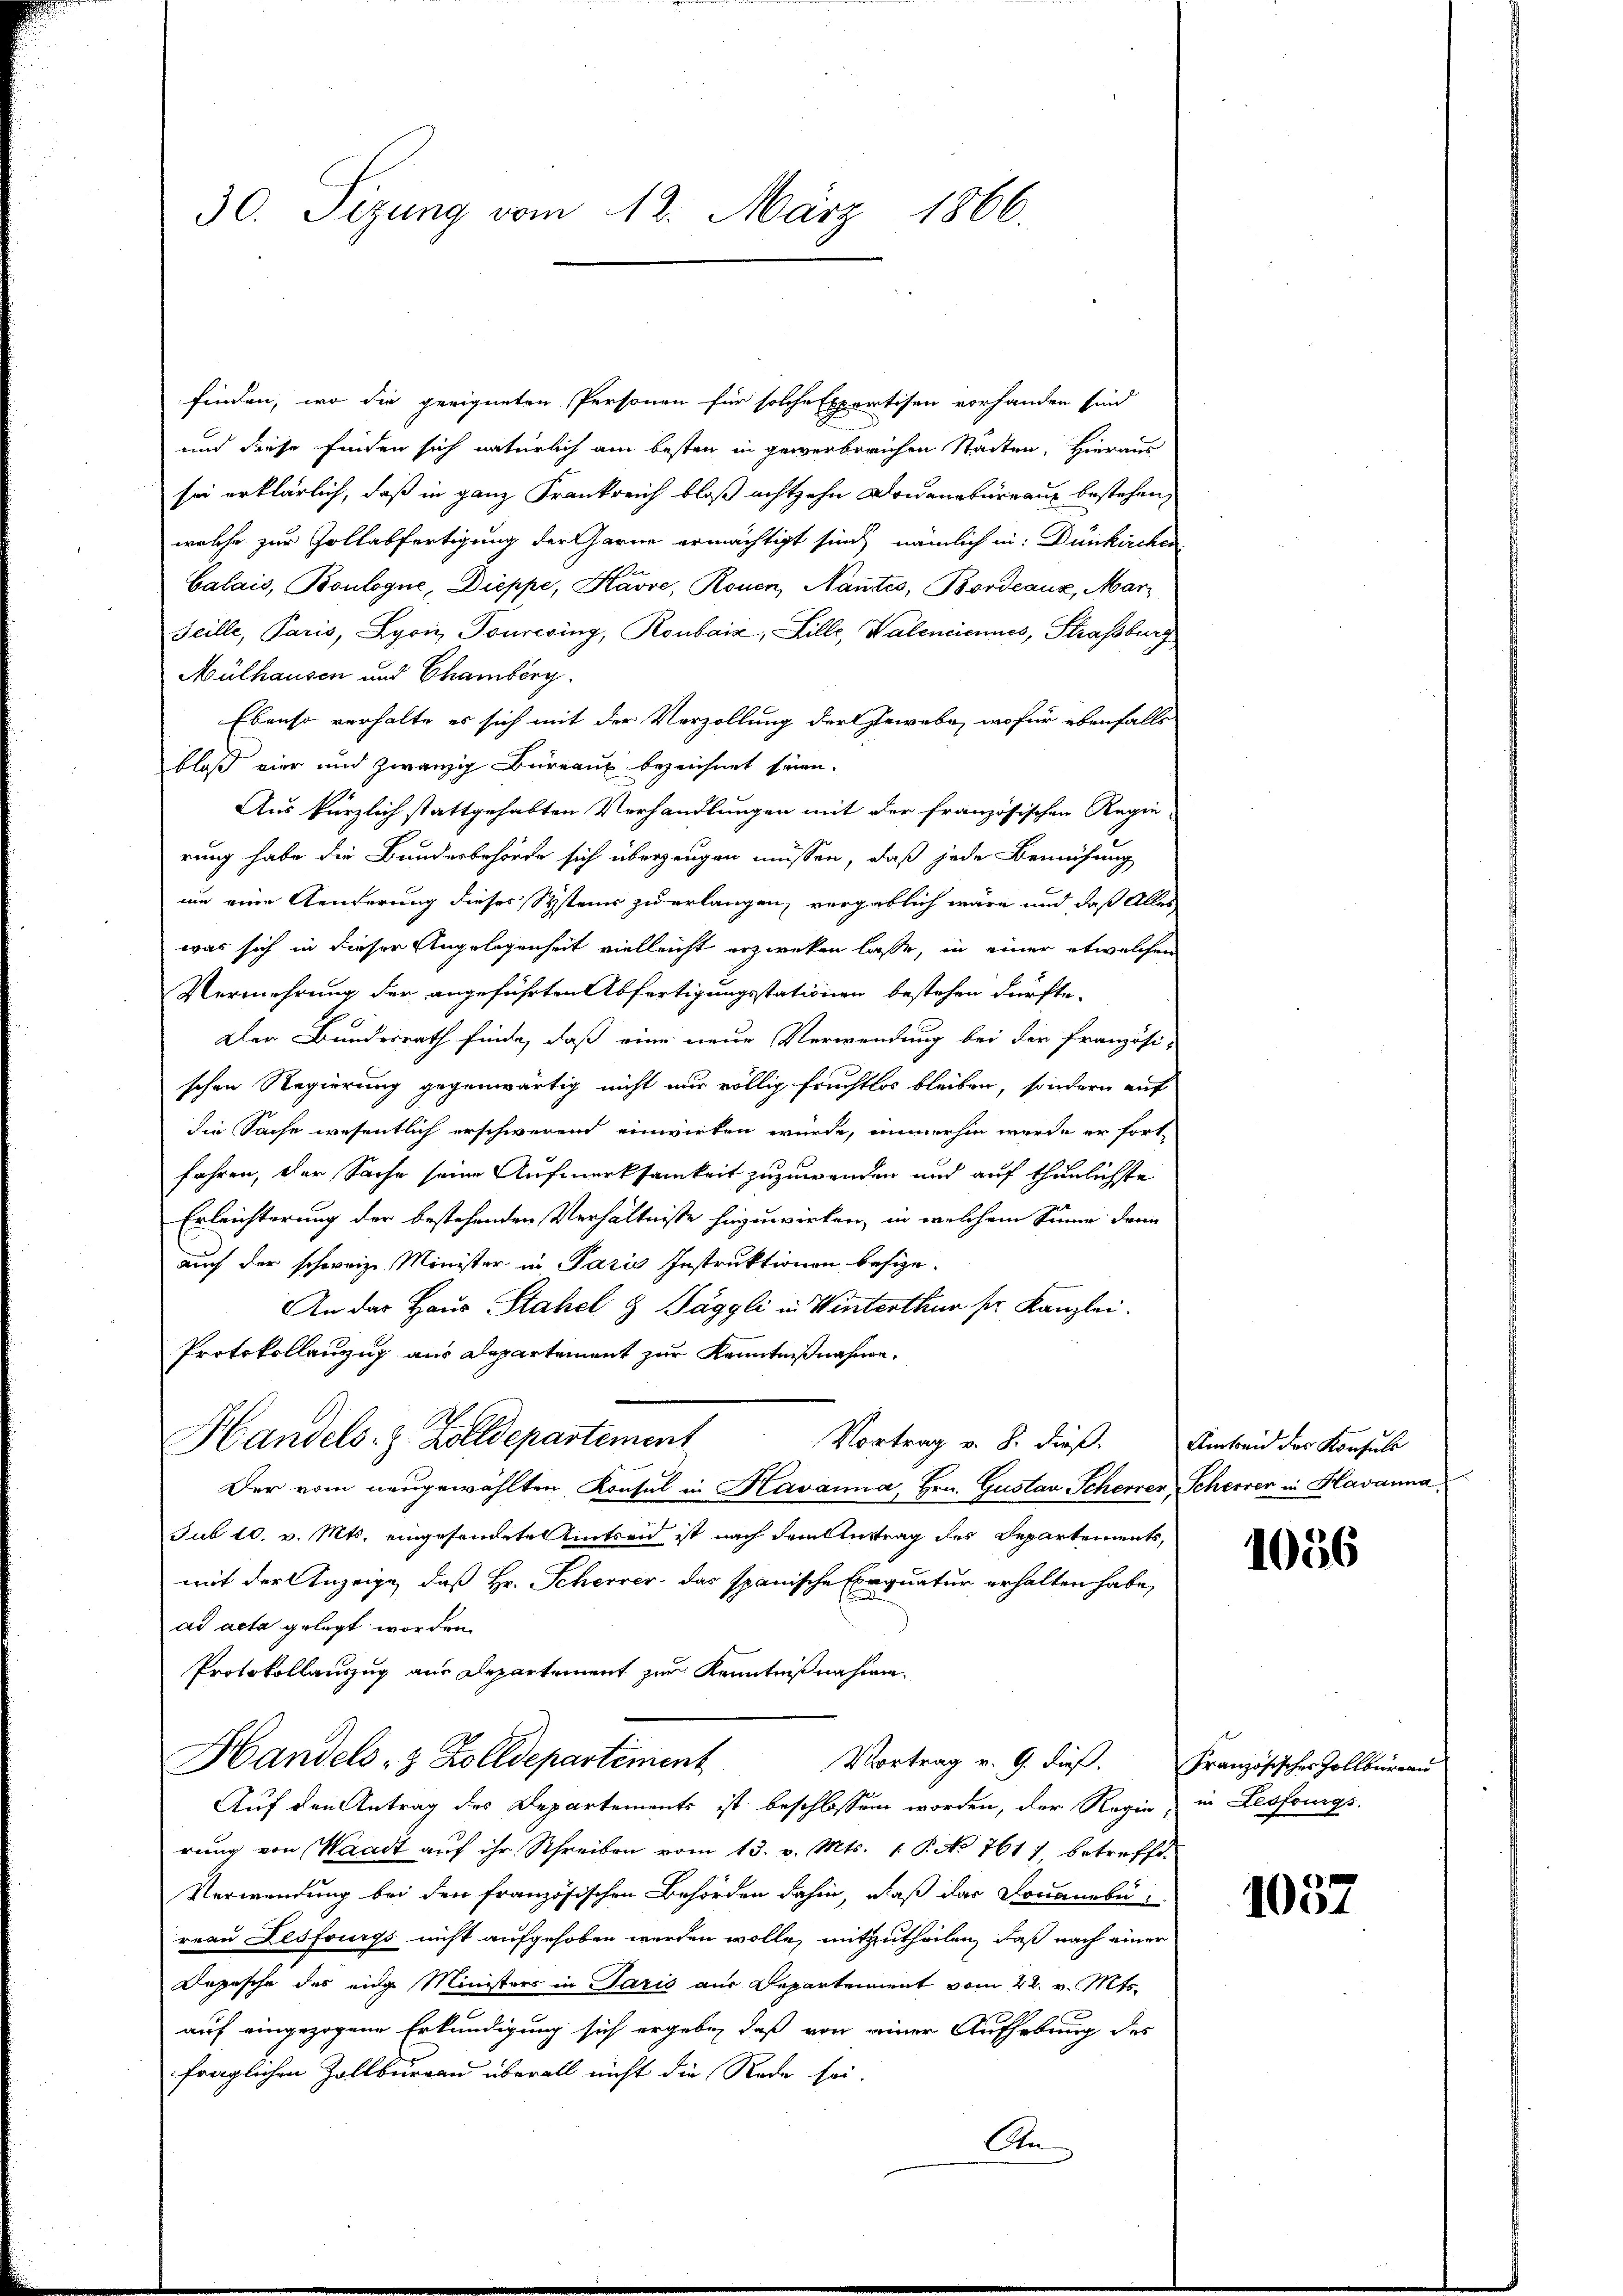
30. Sizung vom 13. März 1866.

finden, wo die geeigneten Personen für solche Expertisen vorhanden sind
und diese finden sich natürlich am besten in gewerberichen Städten. Hieraus
sei erklärlich, daß in ganz Frankreich bloß achtzehn Drianabureau bestehen,
welche zur Zollabfertigung der Garne ermächtigt sind, nämlich in: Dünkirchen
Calais, Boulogne, Dieppe, Havre, Rouen, Nantes, Bordeaux, Mar
Teille, Paris, Lyon Touresing, Ronbaiz, Hille, Valentiennes, Strassburg,
Mülhausen und Chamberg.
Ebenso verhalte es sich mit der Verzollung der Gewebe, wofür ebenfalls
bloß vier und zwanzig Büreaux bezeichnet seien.
Aus kürzlich stattgehabten Verhandlungen mit der französischen Regie
rung habe die Bundesbehörde sich überzeugen müssen, daß jede Bemühung
um eine Aenderung dieses Systeuer zu erlangen, vergeblich wäre und daß Alles
was sich in dieser Angelegenheit vielleicht erzwecken lasse, in einer etwelchen
Vermehrung der angeführten Abfertigungsstationen bestehen dürfte.
Der Bundesrath finde, daß eine neue Verwendung bei der französi-
schen Regierung gegenwärtig nicht nur völlig fruchtlos bleiben, sondern auf
die Sache wesentlich erschwerend einwirken würde, immerhin werde er fort-
fahren, der Sache seine Aufmerksamkeit zuzuwenden und auf thunlichste
Erleichterung der bestehenden Verhältnisse hinzuwirken, in welchem Sinne dann
auch der schweize Minister in Paris Instruktionen besize¬
An das Haus Stahel & Jäggli in Winterthur sr. Kanzlei.
Protokollanzug aus Departement zur Kenntnißnahmen.
Handels- & Zolldepartement
Vortrag v. 8. dieß. Am beid des Konsuls
Der vom neugewählten Konsul in Havanna, Hrn. Gustav Scherer Scherer in Havanna
sub 10. v. Mts. eingesendete Amtseid ist nach dem Auftrag des Departements,
mit der Anzeige, daß Hr. Scheerer, das spanische Exequatur erhalten habe,
ad acta gelegt worden.
Protokollauszug aus Departement zur Kenntnißnahme
Handels- & Zolldepartement
Vortrag v. 9. dieß. Französisches Zollbüreau
Auf den Antrag des Departements ist beschlossen worden, der Regie in Lesfourgs
rung von Waadt auf ihr Schreiben vom 13. v. Mts. 1 P. No 761) betrefft.
Verwendung bei den französischen Behörden dahin, daß das Douanebe
reau Lesfrurgs nicht aufgehoben werden wolle, mitzutheilen, daß nach einer
Depesche des eige Ministers in Paris aus Departement vom 22. v. Mts.
auf eingezogene Erkundigung sich ergebe, daß von einer Aufhebung des
fraglichen Zollburgau überall nicht die Rede sei.
An

1056

1057